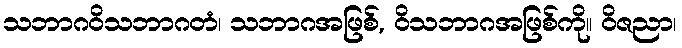
သဘာဂဝိသဘာဂတံ၊ သဘာဂအဖြစ်, ဝိသဘာဂအဖြစ်ကို။ ဝိဇညာ၊